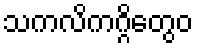
သကလိကဂ္ဂိတွေဝ